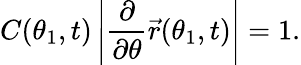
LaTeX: C(\theta_{1},t)\left|\frac{\partial}{\partial\theta}\vec{r}(\theta_{1},t)\right|=1.